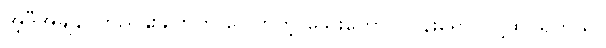
အဲ့ဒီအချိန် ကြည်နူးချက်က ပေါက်တဲ့ သေးတောင် ပန်းရောင်လို့ထင်ရတယ်။